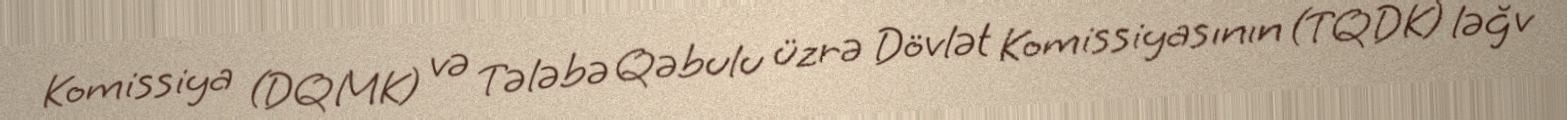
Komissiya (DQMK) və Tələbə Qəbulu üzrə Dövlət Komissiyasının (TQDK) ləğv